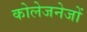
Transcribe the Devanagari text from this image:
कोलेजनेजों